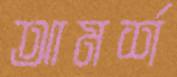
আমর্শ